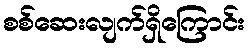
စစ်ဆေးလျက်ရှိကြောင်း